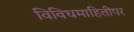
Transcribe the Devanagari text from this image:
विविधमाहितीपर